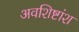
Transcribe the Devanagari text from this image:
अवशिष्टांश